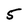
Character: 5